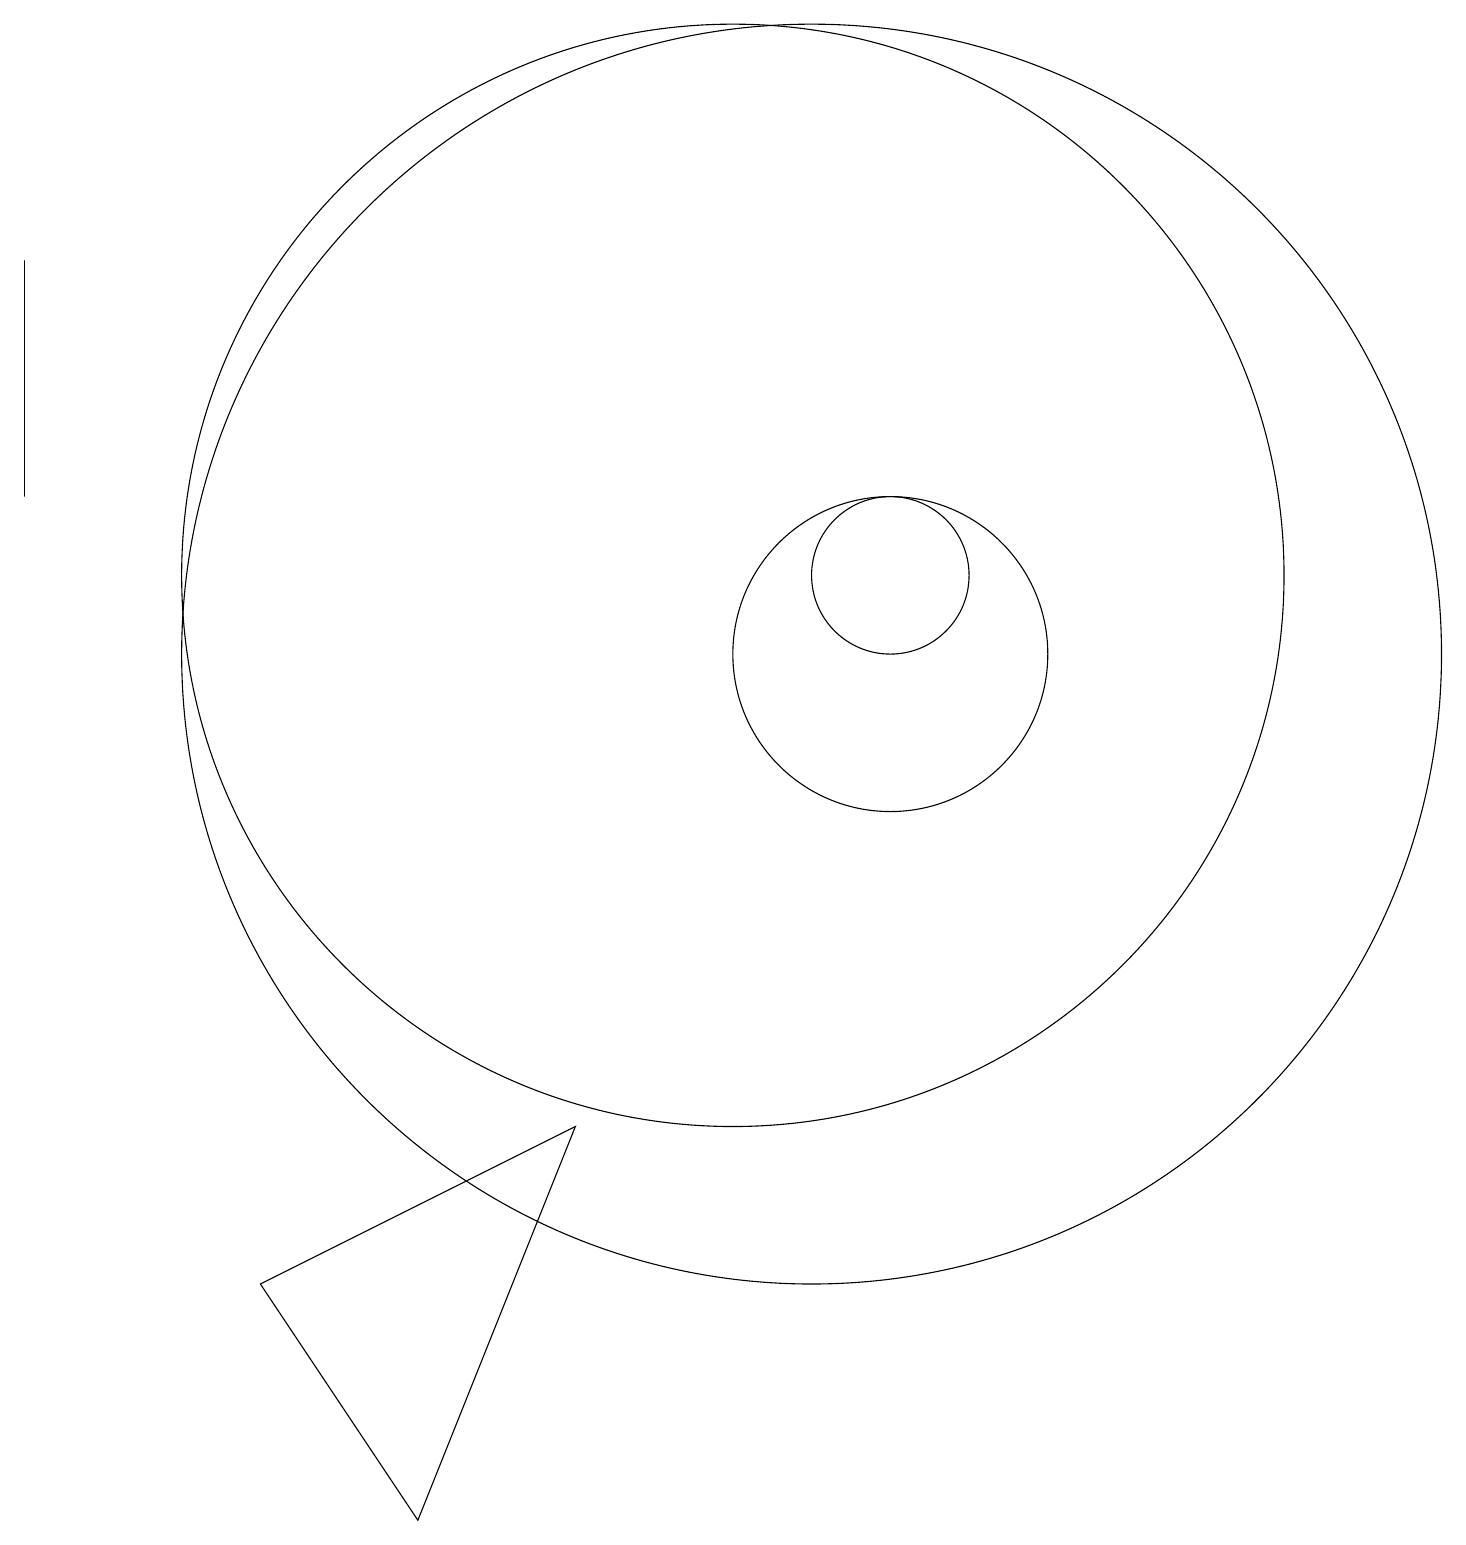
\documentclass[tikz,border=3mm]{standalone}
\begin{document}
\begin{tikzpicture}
\draw (1,16) rectangle (1,13);
\draw (11,11) circle (8);
\draw (10,12) circle (7);
\draw (12,11) circle (2);
\draw (12,12) circle (1);
\draw (12,10) circle (0);
\draw (8,5) -- (6,0) -- (4,3) -- cycle;
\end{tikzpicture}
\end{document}